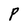
Character: P